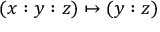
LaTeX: ( x : y : z ) \mapsto ( y : z )